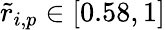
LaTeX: \tilde{r}_{i,p}\in[0.58,1]